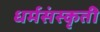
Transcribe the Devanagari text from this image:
धर्मसंस्कृती